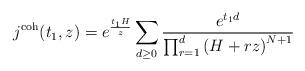
LaTeX: \begin{align*} j^\textnormal{coh}(t_1,z) = e^{\frac{t_1 H}{z}} \sum_{d \geq 0} \frac{e^{t_1 d}}{\prod_{r=1}^d \left( H + rz\right)^{N+1}} \end{align*}